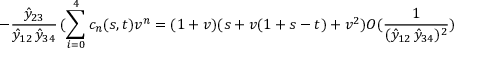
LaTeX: - \frac { \hat { y } _ { 2 3 } } { \hat { y } _ { 1 2 } \, \hat { y } _ { 3 4 } } \, ( \sum _ { i = 0 } ^ { 4 } c _ { n } ( s , t ) v ^ { n } = ( 1 + v ) ( s + v ( 1 + s - t ) + v ^ { 2 } ) O ( \frac { 1 } { ( \hat { y } _ { 1 2 } \, \hat { y } _ { 3 4 } ) ^ { 2 } } )